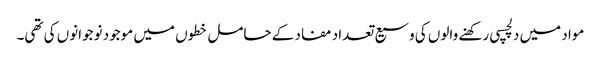
مواد میں دلچسپی رکھنے والوں کی وسیع تعداد مفاد کے حامل خطوں میں موجود نوجوانوں کی تھی۔